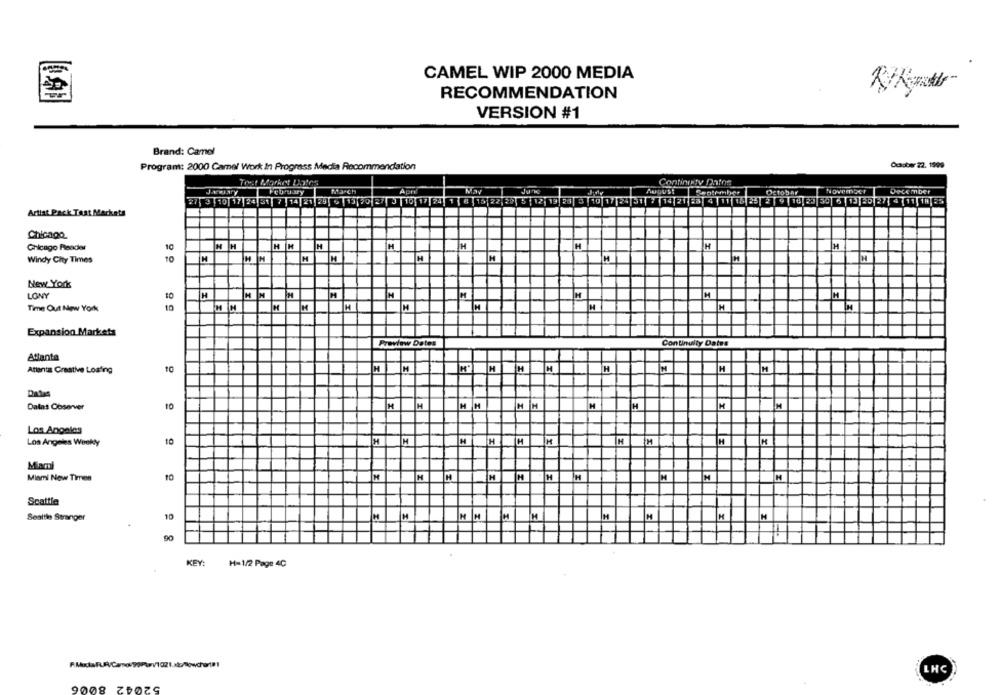
CAMEL WIP 2000 MEDIA
RECOMMENDATION
VERSION #1
Brand: Camel
Program: 2000 Camel Work In Progress Media Recommendation
October 22. 1999
Toest Market 1ales
Confinity Datos
KLAY
February
March
May
August
Centrmber
Detobar
November
December
27
3 10 17 24 51 7 14 21 291 + 13 20 27 5 10 17 24 1 | 6 15 22 2
5 12 13 20 5 10 1/2- 51 7 14 21 23 4 11 18 23 2 9 16 23 39 6 13 20 27 4 11 19 25
Artiat Pack Test Markets
Chicago
Chicago Pendler
10
H
H
H
H
H
H
H
Windy City Times
10
H
M
M
New York
LONY
10
H
HH
M
H
M
H
H
H
Time Out New York
10
H IN
Expansion Markets
Preview Dates
Continuity Dates
Atlanta
10
H
H
H
Atlanta Creative Losfing
Dalas Observer
10
H
H H
H
Los Angeles
Los Angeles Weeky
10
M
H
H
IH
Miami
Minmi Now Times
10
H
H
Scattle
Seattle Stranger
10
H
90
KEY
H= 1/2 Page 4C
LHC
52042 8006